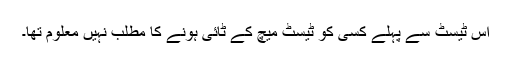
اس ٹیسٹ سے پہلے کسی کو ٹیسٹ میچ کے ٹائی ہونے کا مطلب نہیں معلوم تھا۔